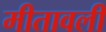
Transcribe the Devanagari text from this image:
मीतावली